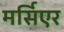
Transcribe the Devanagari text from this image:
मर्सिएर